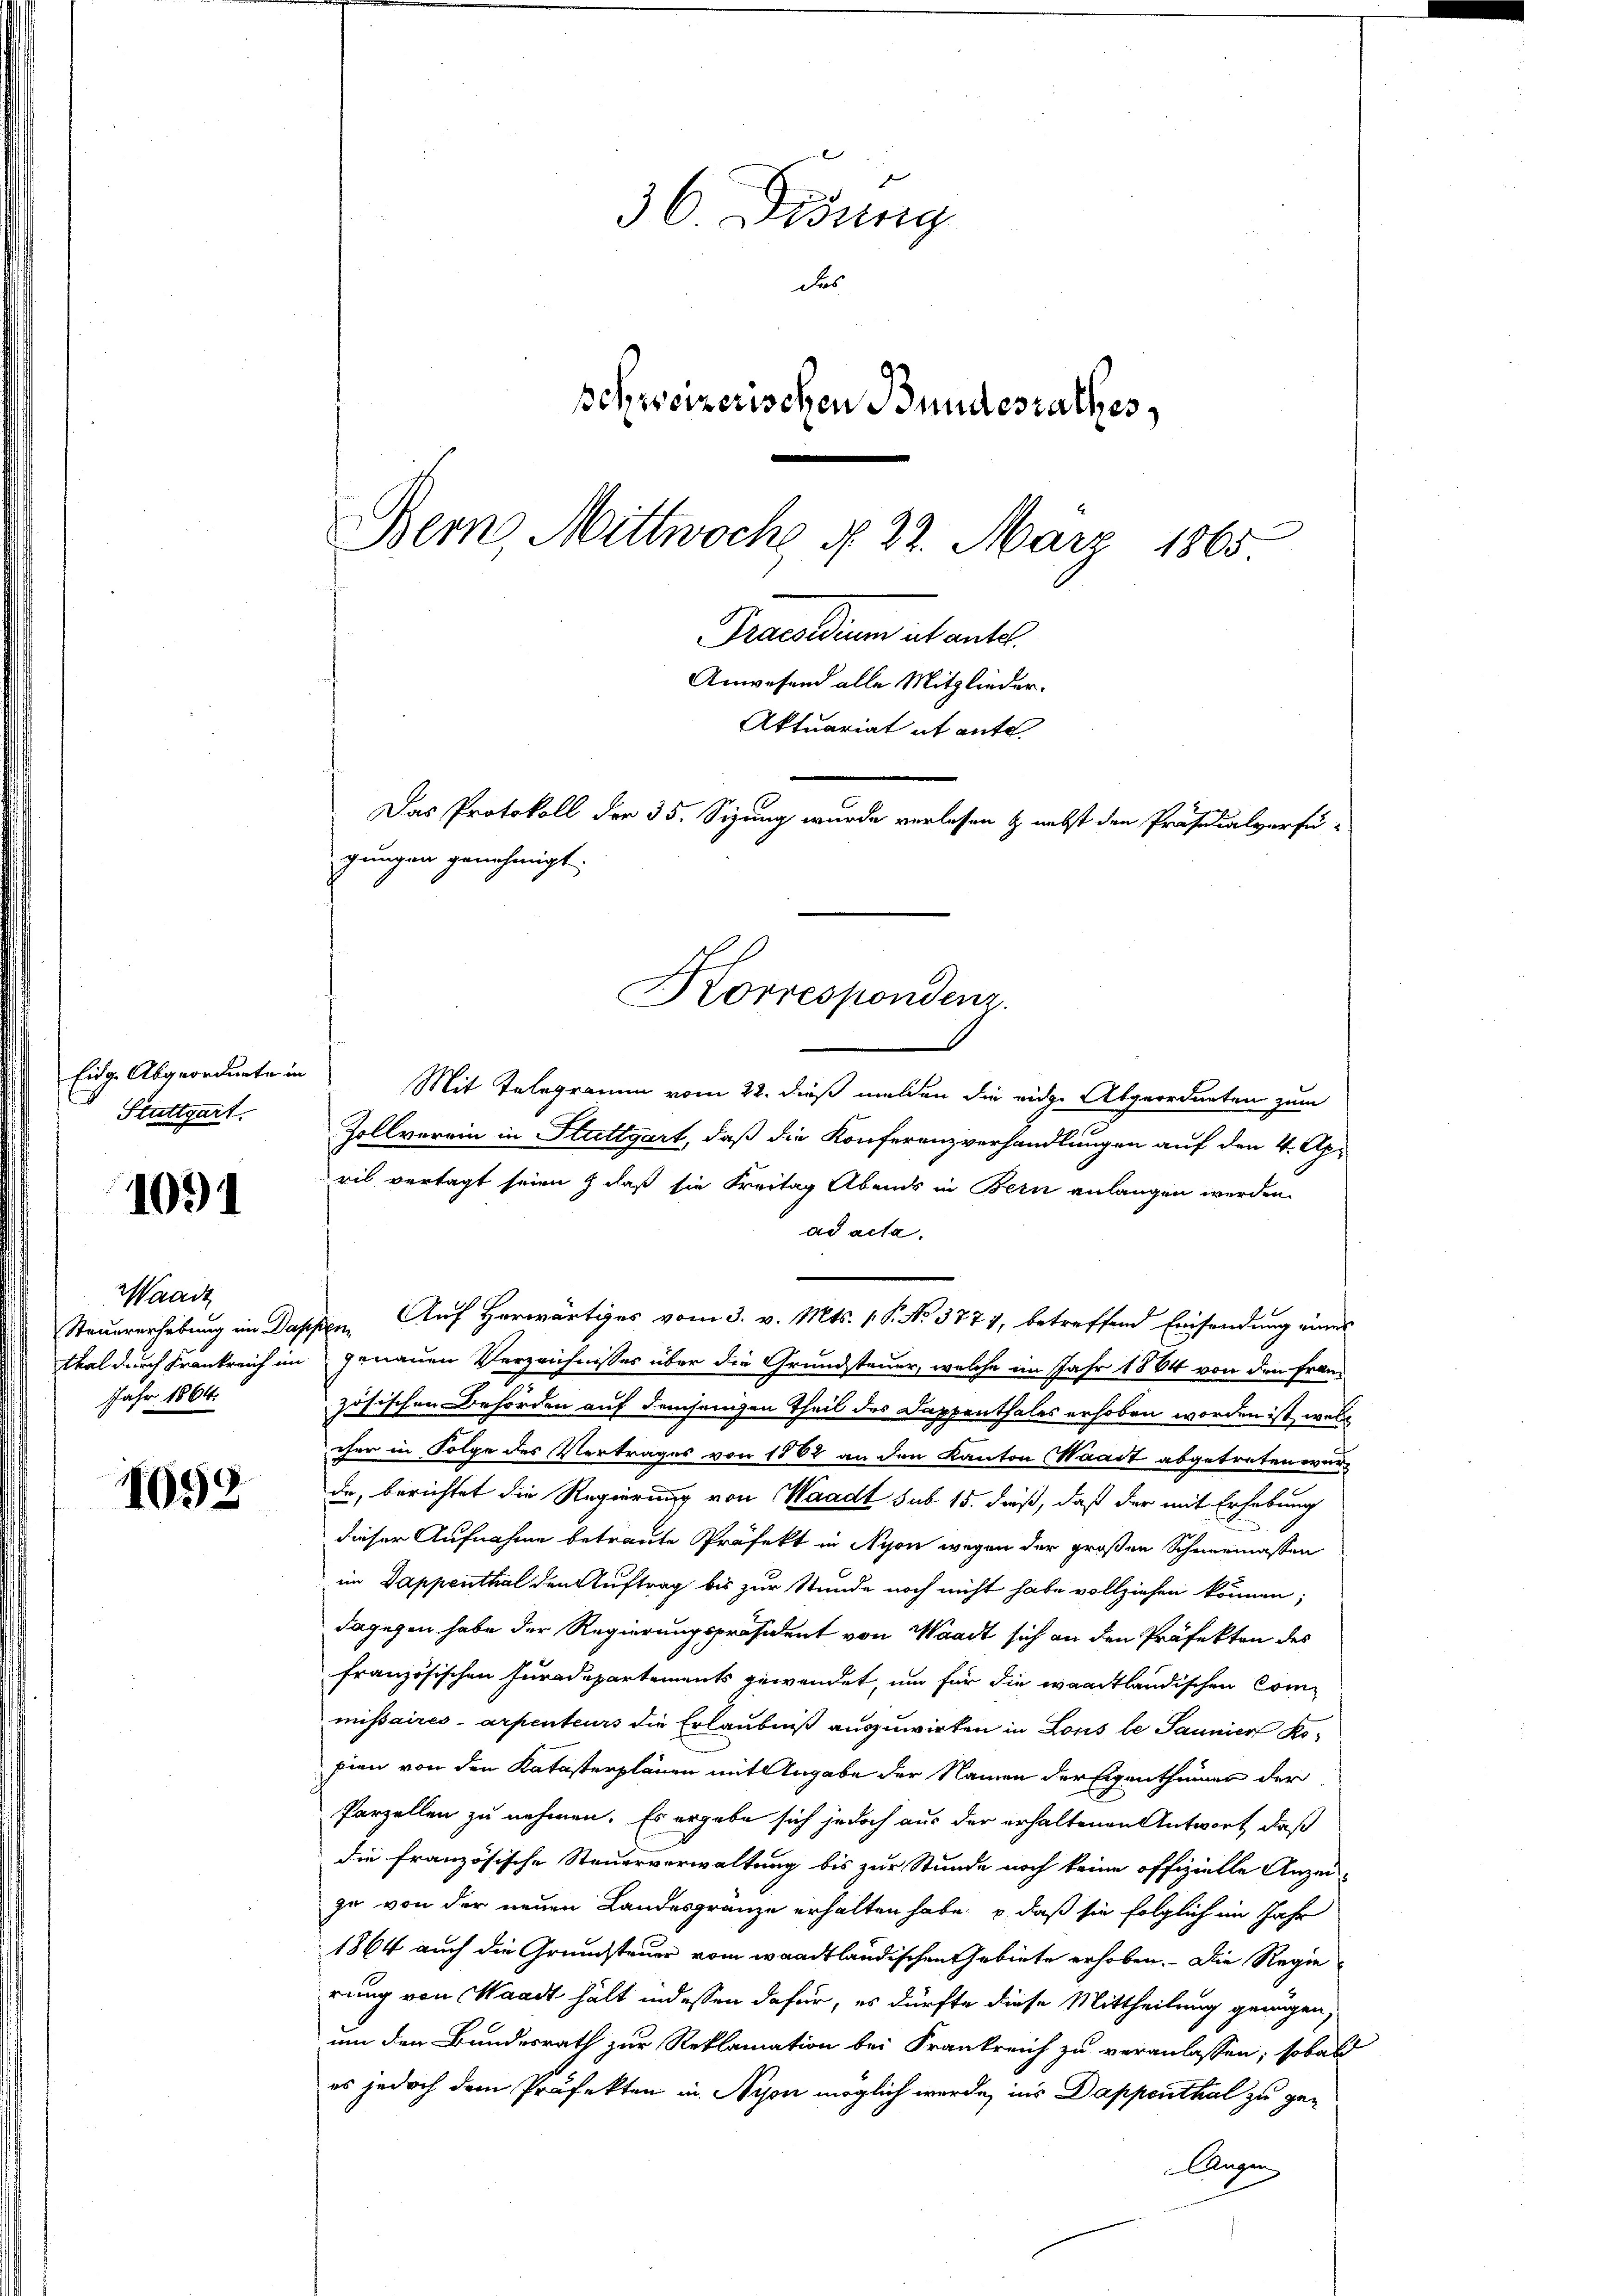
Eidg. Abgeordnete in
Stuttgart.

1091

Waadt
Steuererhebung im Das,
thal durch Frankreich im
Jahr 1864.

1092

36 Didung
des
schweizerischen Bundesrathes,
Bern, Mittwoch, d. 22. März 1865
Praesidium ab antel.
Anwesend alle Mitglieder.
Aktuariat it ente.
Das Protokoll der 35. Sizung wurde verlesen & nebst den Präsidialverfü-
gungen genehmigt.

Korrespondenz.

Mit Telegramm vom 22. dieß melden die eidge Abgeordneten zum
Zollverein in Stuttgart, daß die Konferenzverhandlungen auf den 4. Apr
ril vertagt seien & daß sie Freitag Abends in Bern anlangen werden.
ad acta.
Auf Horwärtiges vom 3. v. Mts. v. P. No 3777, betreffend Einsendung eines
r
genauen Verzeichnisses über die Grundsteuer, welche im Jahr 1864 von den Französischen Behörden auf demjenigen Theil des Dappenthales erhoben worden ist, welcher in Folge des Vertrages von 1862 an den Kanton Waadt abgetreten wurda, berichtet die Regierung von Waadt sub 15. dieß, daß der mit Erhebung
dieser Aufnahme betraute Präfekt in Nyon wegen der großen Schneemassen
im Dappenthal den Auftrag bis zur Stunde noch nicht habe vollziehen können;
dagegen habe der Regierungspräsident von Waadt sich an den Präfekten des
französischen Juradepartements gewendet, um für die waadtländischen Commissaires-arpenteurs die Erlaubniß auszuwirken in Lous le Saumier Kopien von den Katasterplänen mit Angabe der Namen der Eigenthümer der
Parzellen zu nehmen. Es ergabe sich jedoch aus der erhaltenen Antwort, daß
die französische Steuerverwaltung bis zur Stunde noch keine offizielle Anzei-
zu von der neuen Landesgränze erhalten habe, daß sie folglich im Jahr
1864 auch die Grundsteuer vom waadtländischen Gebiete erhoben. - Die Regierung von Waadt hält indessen dafür, es dürfte diese Mittheilung genügen,
um den Bundesrath zur Reklamation bei Frankreich zu veranlassen, sobald
es jedoch dem Präfekten in Nyon möglich werde ins Dappenthal zu ge¬
Augen